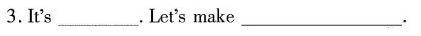
3. It's___. Let's make ___ .